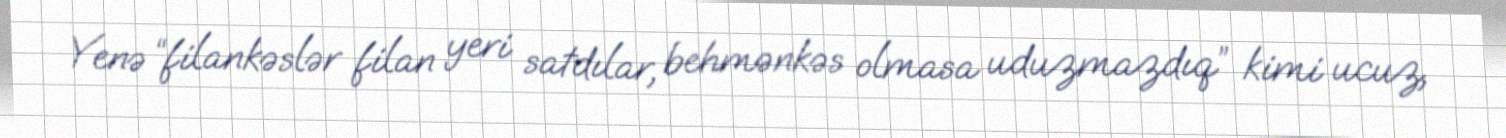
Yenə “filankəslər filan yeri satdılar, behmənkəs olmasa uduzmazdıq” kimi ucuz,